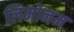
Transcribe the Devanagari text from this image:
लिमोनम